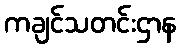
ကချင်သတင်းဌာန